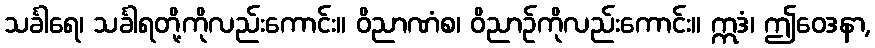
သင်္ခါရေ၊ သင်္ခါရတို့ကိုလည်းကောင်း။ ဝိညာဏံစ၊ ဝိညာဉ်ကိုလည်းကောင်း။ ဣဒံ၊ ဤဝေဒနာ,